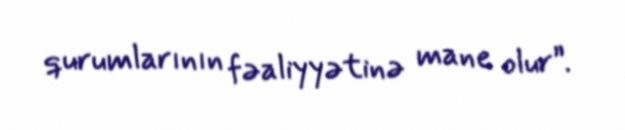
qurumlarının fəaliyyətinə mane olur”.